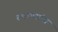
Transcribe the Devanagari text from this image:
रथकारांचा